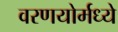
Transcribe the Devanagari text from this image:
वरणयोर्मध्ये